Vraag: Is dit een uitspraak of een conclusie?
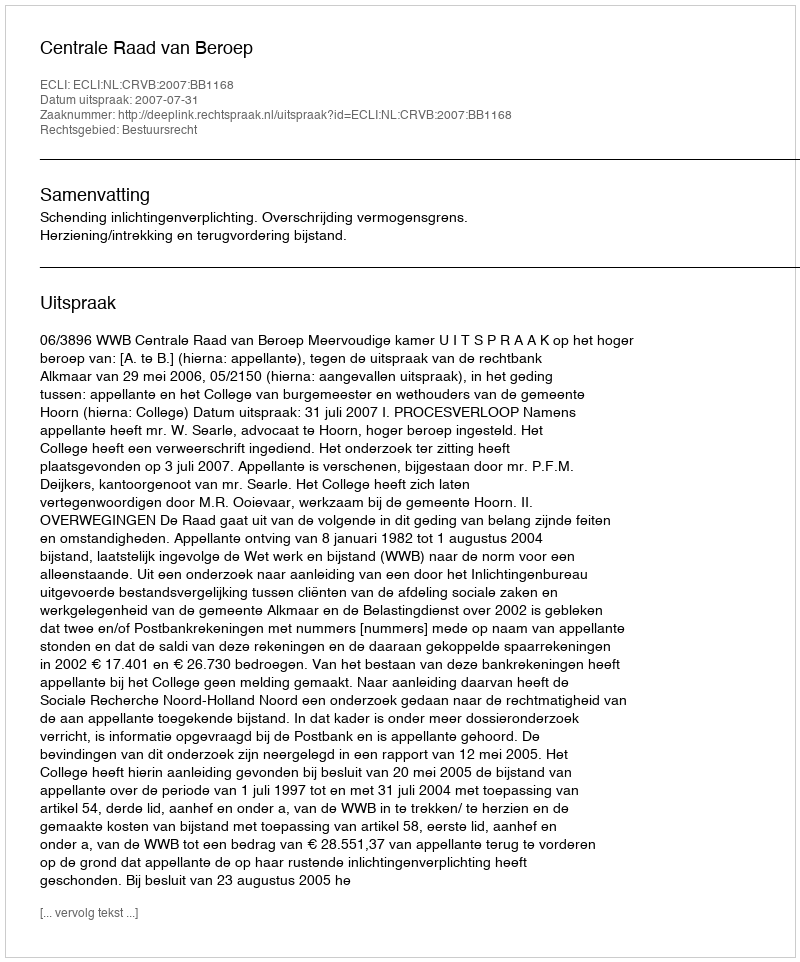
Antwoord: Uitspraak